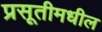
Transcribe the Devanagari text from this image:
प्रसूतीमधील